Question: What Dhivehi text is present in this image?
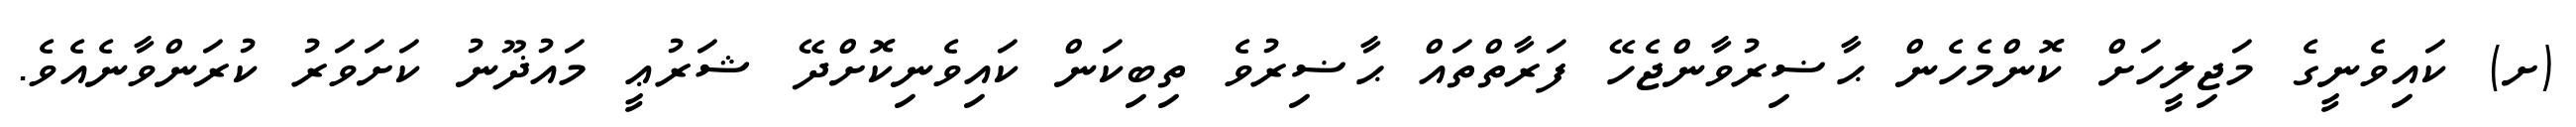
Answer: (ށ) ކައިވެނީގެ މަޖިލީހަށް ކޮންމެހެން ޙާޟިރުވާންޖެހޭ ފަރާތްތައް ޙާޟިރުވެ ތިބިކަން ކައިވެނިކޮށްދޭ ޝަރުޢީ މައުޛޫނު ކަށަވަރު ކުރަންވާނެއެވެ.